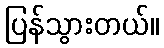
ပြန်သွားတယ်။